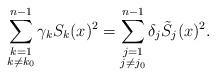
LaTeX: \begin{align*}\sum_{\substack{k=1\\k\neq k_0}}^{n-1}\gamma_k S_k(x)^2=\sum_{\substack{j=1\\j\neq j_0}}^{n-1}\delta_j\tilde{S}_j(x)^2.\end{align*}